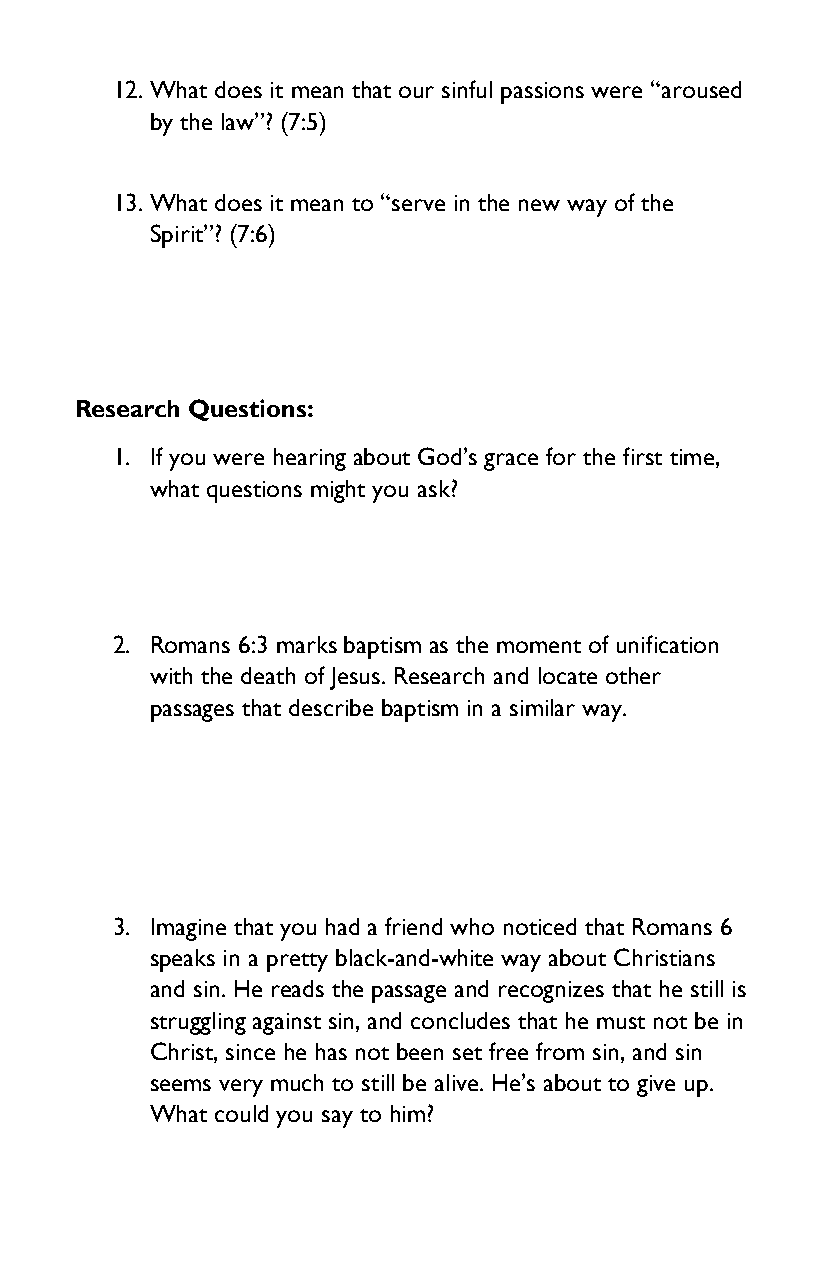
12. What does it mean that our sinful passions were “aroused
 by the law”? (7:5)
 13. What does it mean to “serve in the new way of the
 Spirit”? (7:6)
 Research Questions:
 1. If you were hearing about God’s grace for the first time,
 what questions might you ask?
 2. Romans 6:3 marks baptism as the moment of unification
 with the death of Jesus. Research and locate other
 passages that describe baptism in a similar way.
 3. Imagine that you had a friend who noticed that Romans 6
 speaks in a pretty black-and-white way about Christians
 and sin. He reads the passage and recognizes that he still is
 struggling against sin, and concludes that he must not be in
 Christ, since he has not been set free from sin, and sin
 seems very much to still be alive. He’s about to give up.
 What could you say to him?